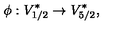
\phi : V _ { 1 / 2 } ^ { * } \rightarrow V _ { 5 / 2 } ^ { * } ,